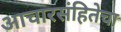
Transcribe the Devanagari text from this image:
आचारसंहितेचा